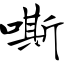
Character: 嘶